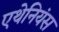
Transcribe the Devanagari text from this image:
एथेनियंस